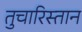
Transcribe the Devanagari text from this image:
तुचारिस्तान